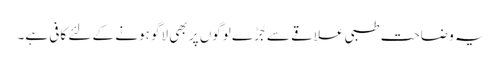
یہ وضاحت طبی علاقے سے جُڑے لوگوں پر بھی لاگو ہونے کے لئے کافی ہے۔